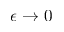
\epsilon \rightarrow 0